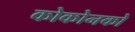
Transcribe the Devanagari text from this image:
कोकोनको